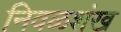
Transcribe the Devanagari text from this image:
निवळशंख